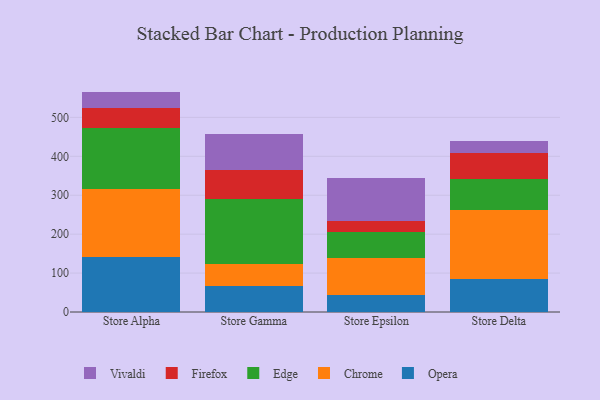
{"axis": {"x": "Store", "y": "Gross Profit (USD K)"}, "legend": ["Chrome", "Edge", "Firefox", "Opera", "Vivaldi"], "data": [{"x": "Store Alpha", "y": 142.2, "type": "Opera"}, {"x": "Store Alpha", "y": 173.8, "type": "Chrome"}, {"x": "Store Alpha", "y": 156.9, "type": "Edge"}, {"x": "Store Alpha", "y": 51.2, "type": "Firefox"}, {"x": "Store Alpha", "y": 42.1, "type": "Vivaldi"}, {"x": "Store Gamma", "y": 67.8, "type": "Opera"}, {"x": "Store Gamma", "y": 55.7, "type": "Chrome"}, {"x": "Store Gamma", "y": 167.8, "type": "Edge"}, {"x": "Store Gamma", "y": 72.5, "type": "Firefox"}, {"x": "Store Gamma", "y": 93.6, "type": "Vivaldi"}, {"x": "Store Epsilon", "y": 43.1, "type": "Opera"}, {"x": "Store Epsilon", "y": 96.3, "type": "Chrome"}, {"x": "Store Epsilon", "y": 66.6, "type": "Edge"}, {"x": "Store Epsilon", "y": 28.8, "type": "Firefox"}, {"x": "Store Epsilon", "y": 109.2, "type": "Vivaldi"}, {"x": "Store Delta", "y": 84.6, "type": "Opera"}, {"x": "Store Delta", "y": 178.3, "type": "Chrome"}, {"x": "Store Delta", "y": 79.7, "type": "Edge"}, {"x": "Store Delta", "y": 66.9, "type": "Firefox"}, {"x": "Store Delta", "y": 28.9, "type": "Vivaldi"}]}